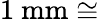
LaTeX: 1\ \mathrm{mm}\cong